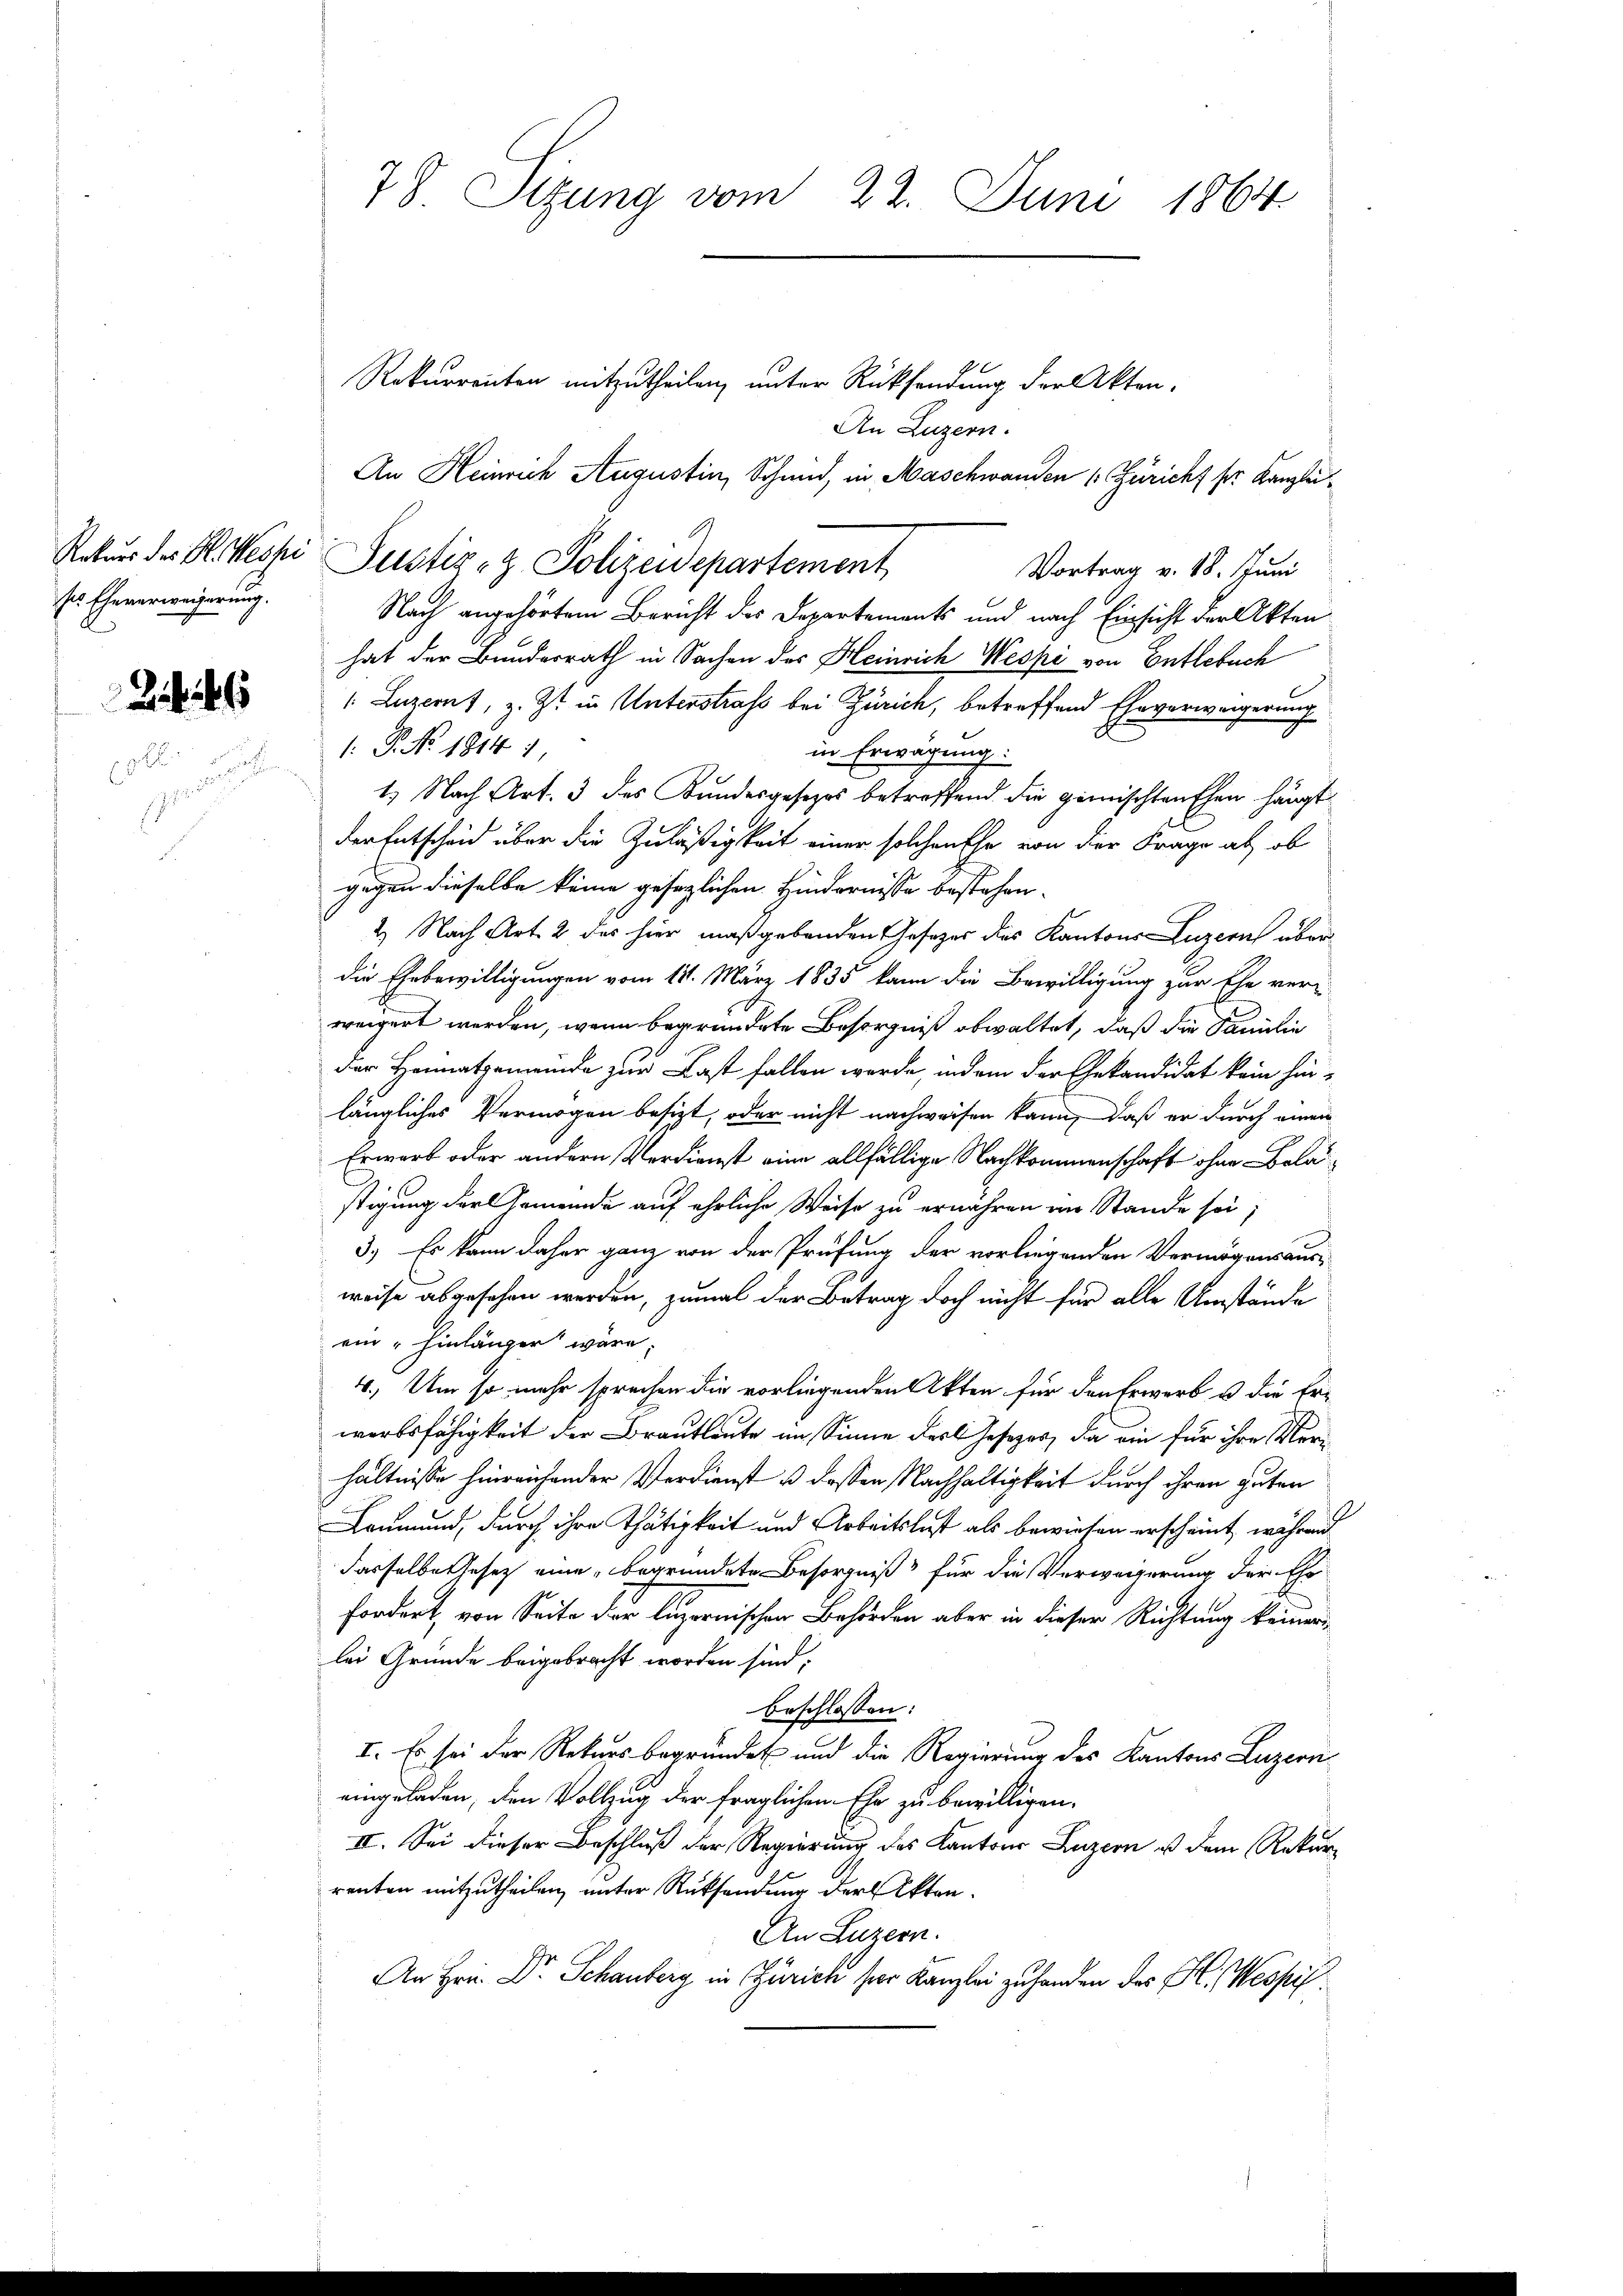
Rekurs des H. Hessi
ses Eheverweigerung.

78 Sizung vom 22. Juni 1864

Rekurrenten mitzutheilen, unter Rücksendung der Akten.
An Luzern.
An Heinrich Augustin, Schmid, in Maschwanden 1. Züricht pr. Kanzlei¬
Vortrag v. 18. Juni
Nach angehörtem Bericht des Departements und nach Einsicht der Akten
hat der Bundesrath in Sachen des Heinrich Wespe von Entlebuch
/. Luzern, z. Zt. in Unterstraf bei Zürich, betreffend Eheverweigerung
 P. No. 1814 1,
in Erwägung:
1.) Nach Art. 3 des Kundesgesetzes betreffend die gemischten Ehen hängt
der Entscheid über die Zuläßigkeit einer solchen Ehe von der Frage ab, ob
gegen dieselbe keine gesezlichen Hindernisse bestehen.
2) Nach Art. 2 des hier maßgebenden Gesezes des Kantons Luzern über
die Ehebewilligungen vom 11. März 1835 kann die Bewilligung zur Ehe ver-
weigert werden, wenn begründete Besorgniß obwaltet, daß die Familie
der Heimatgemeinde zur Last fallen werde, indem der Ehekandidat kein hinlängliches Vermögen besizt, oder nicht nachweisen kann, daß er durch einen
Erwart oder andern Verdienst eine allfällige Nachkommenschaft ohne Bela
stigung der Gemeinde auf ehrliche Weise zu ernahmen an Stande sei;
3.) Es kann daher ganz von der Prüfung der vorliegenden Vermögensausweise abgesehen werden, zumal der Betrag doch nicht für alle Umstände
ein hinlänger wäre.
4. Um so mehr sprechen die vorliegenden Akten für den Erwerb u. die Er-
werbsfähigkeit der Brautleute im Sinne der Gesezes, da ein für ihre Verhältnisse hinreichender Verdienst u dassen Nachhaltigkeit durch ihren guten
Leumund, durch ihre Thätigkeit und Arbeitslast als bewiesen erscheint, während
dasselbe Gesetz eine begründete Besorgniß für die Verwagerung der Ehr
fordert, von Seite der luzernischen Behörden aber in dieser Richtung keiner
lei Gründe beigebracht worden sind.
beschlossen:
I. Es sei der Rekurs begründet und die Regierung des Kantons Luzern
eingeladen, den Vollzug der fraglichen Ehe zu bewilligen.
II. Sei dieser Beschluß der Regierung des Kantons Luzern ist dem Rekurrenten mitzutheilen, unter Rücksendung der Akten.
An Luzern.
An Hrn. Dr. Schauberg in Zürich hier Kanzlei zu handen des H. Wespil

Justiz- & Polizeidepartement